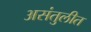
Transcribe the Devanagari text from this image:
असंतुलीत